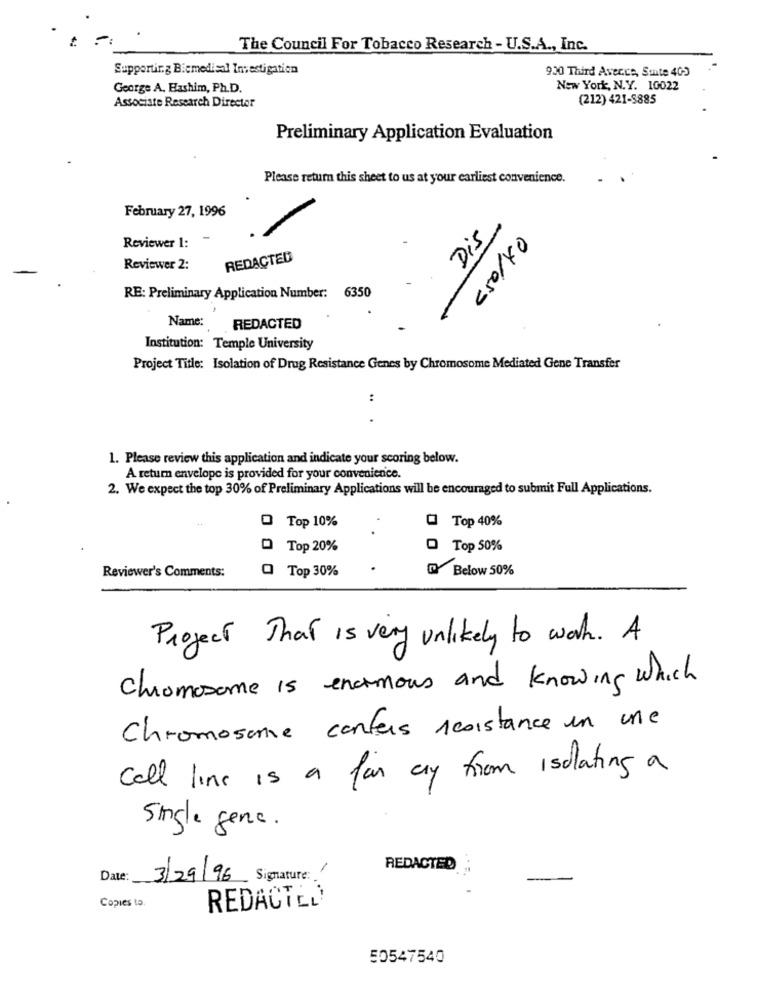
The Council For Tobacco Research - U.S.A ., Inc.
Supporting Bicmedisal Investigation
900 Third Avecce, Sente 405
George A. Hashim, Ph.D.
New York, N.Y. 10022
(212) 421-8885
Associate Research Director
Preliminary Application Evaluation
Please return this sheet to us at your earliest convenience.
February 27, 1996
-
-
Reviewer 1:
Dis
€50/40
REDACTED
Reviewer 2:
RE: Preliminary Application Number: 6350
Name:
REDACTED
Institution: Temple University
Project Title: Isolation of Drug Resistance Genes by Chromosome Mediated Gene Transfer
:
1. Please review this application and indicate your scoring below.
A return envelope is provided for your convenience.
2. We expect the top 30% of Preliminary Applications will be encouraged to submit Full Applications.
@ Top 40%
O Top 10%
D Top 20%
O Top 50%
Q Top 30%
Below 50%
Reviewer's Comments:
Project That is very unlikely to work. A
chromosome is enormous and knowing which
Chromosome carters resistance un une
Cell line is a fan ay from isolating a
single gene.
REDACTED
Date:
3/29/96 Signature: 1
Copies to.
REDACTED
50547540